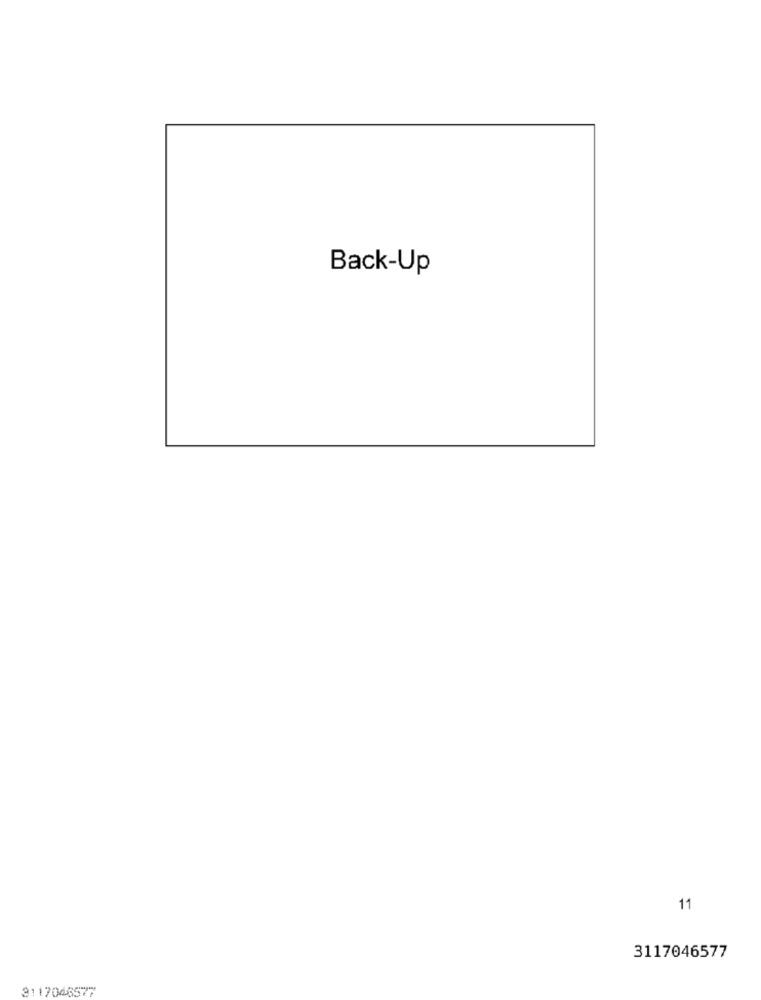
Back-Up
11
3117046577
3117046577